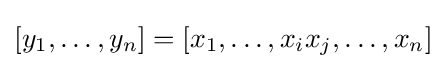
{\textstyle [y_{1},\ldots ,y_{n}]=[x_{1},\ldots ,x_{i}x_{j},\ldots ,x_{n}]}